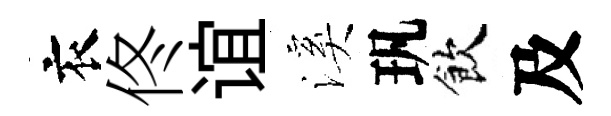
衣佟谊溪㺬飲及